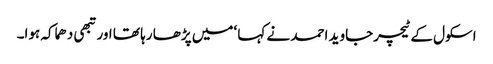
اسکول کے ٹیچرجاوید احمد نے کہا ‘میں پڑھا رہا تھا اورتبھی دھماکہ ہوا۔